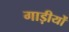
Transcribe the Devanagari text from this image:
गाड़ीयों